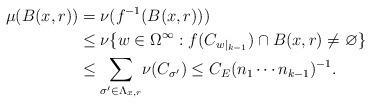
LaTeX: \begin{align*}\mu(B(x,r)) & =\nu(f^{-1}(B(x,r)))\\& \leq\nu\{w\in\Omega^{\infty}:f(C_{w|_{k-1}})\cap B(x,r)\neq\varnothing\}\\& \leq{\displaystyle\sum\limits_{\sigma^{\prime}\in\Lambda_{x,r}}}\nu(C_{\sigma^{\prime}})\leq C_{E}(n_{1}\cdots n_{k-1})^{-1}.\end{align*}